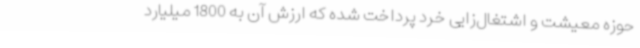
حوزه معیشت و اشتغال‌زایی خرد پرداخت شده که ارزش آن به 1800 میلیارد